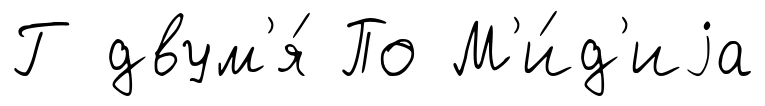
Г двум'я́ По М'и́д'иjа